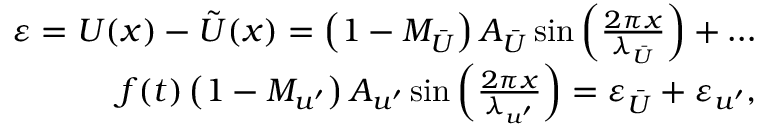
\begin{array} { r } { \varepsilon = U ( x ) - \tilde { U } ( x ) = \left( 1 - M _ { \bar { U } } \right) A _ { \bar { U } } \sin \left( \frac { 2 \pi x } { \lambda _ { \bar { U } } } \right) + \ldots } \\ { f ( t ) \left( 1 - M _ { u ^ { \prime } } \right) A _ { u ^ { \prime } } \sin \left( \frac { 2 \pi x } { \lambda _ { u ^ { \prime } } } \right) = \varepsilon _ { \bar { U } } + \varepsilon _ { u ^ { \prime } } , } \end{array}